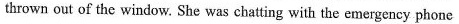
thrown out of the window. She was chatting with the emergency phone